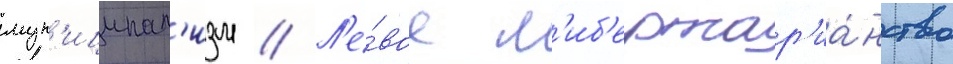
мун'иципал'изм // Л'е́вое л'иб'ертар'иа́нство